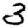
Digit: 3